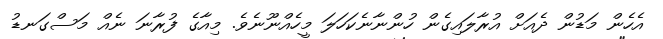
އެހެން މަޑުން ދެއަށް އުރާލައިގެން ހުންނާނެކަހަލަ މީހެއްނޫނެވެ. މިއާގެ ފުރާނަ ނެއް މަސްގަނޑު